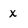
Character: x